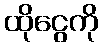
ထိုငွေကို